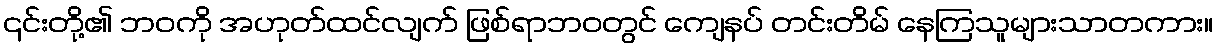
၎င်းတို့၏ ဘဝကို အဟုတ်ထင်လျက် ဖြစ်ရာဘဝတွင် ကျေနပ် တင်းတိမ် နေကြသူများသာတကား။